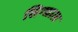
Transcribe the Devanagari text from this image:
सिग्द्याल